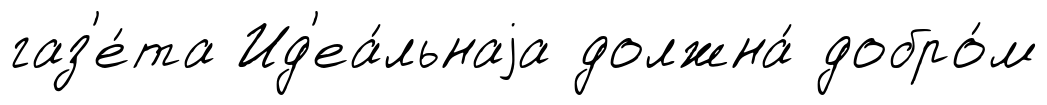
газ'е́та Ид'еа́льнаjа должна́ добро́м